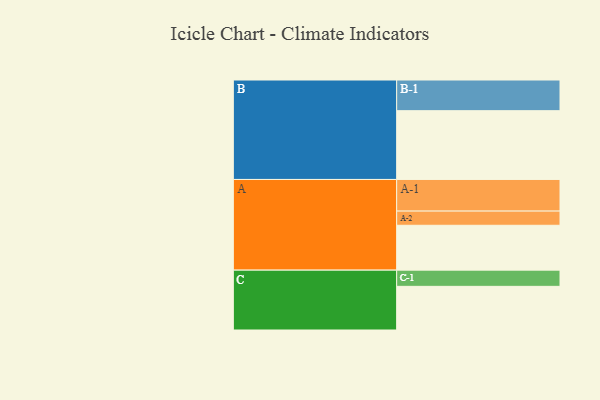
{"axis": {"x": "Segment", "y": "Value"}, "legend": ["", "A", "B", "C"], "data": [{"x": "A", "y": 332, "type": ""}, {"x": "B", "y": 509, "type": ""}, {"x": "C", "y": 323, "type": ""}, {"x": "A-1", "y": 234, "type": "A"}, {"x": "A-2", "y": 105, "type": "A"}, {"x": "B-1", "y": 227, "type": "B"}, {"x": "C-1", "y": 120, "type": "C"}]}